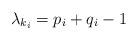
LaTeX: \begin{align*} \lambda_{k_i} = p_i+q_i-1\end{align*}